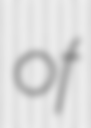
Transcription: of